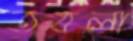
তবলা